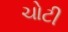
ચોટી